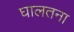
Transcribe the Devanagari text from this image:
घालतना